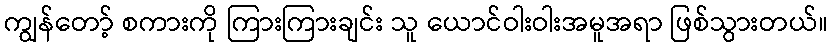
ကျွန်တော့် စကားကို ကြားကြားချင်း သူ ယောင်ဝါးဝါးအမူအရာ ဖြစ်သွားတယ်။